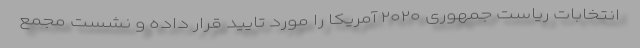
انتخابات ریاست جمهوری ۲۰۲۰ آمریکا را مورد تایید قرار داده و نشست مجمع